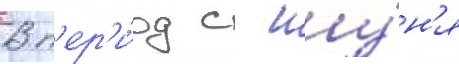
В п'ер'и́од с иу́н'я